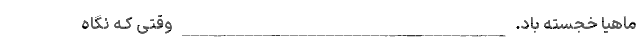
ماهیا خجسته باد. ____________________________________ وقتی کـه نگاه